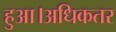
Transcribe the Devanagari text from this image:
हुआ।अधिकतर